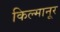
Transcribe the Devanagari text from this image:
किल्मानूर